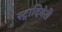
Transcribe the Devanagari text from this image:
स्ट्रादिवेरी